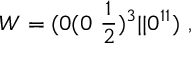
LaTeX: W = ( 0 ( 0 ~ { \frac { 1 } { 2 } } ) ^ { 3 } \vert \vert 0 ^ { 1 1 } ) ~ , \nonumber